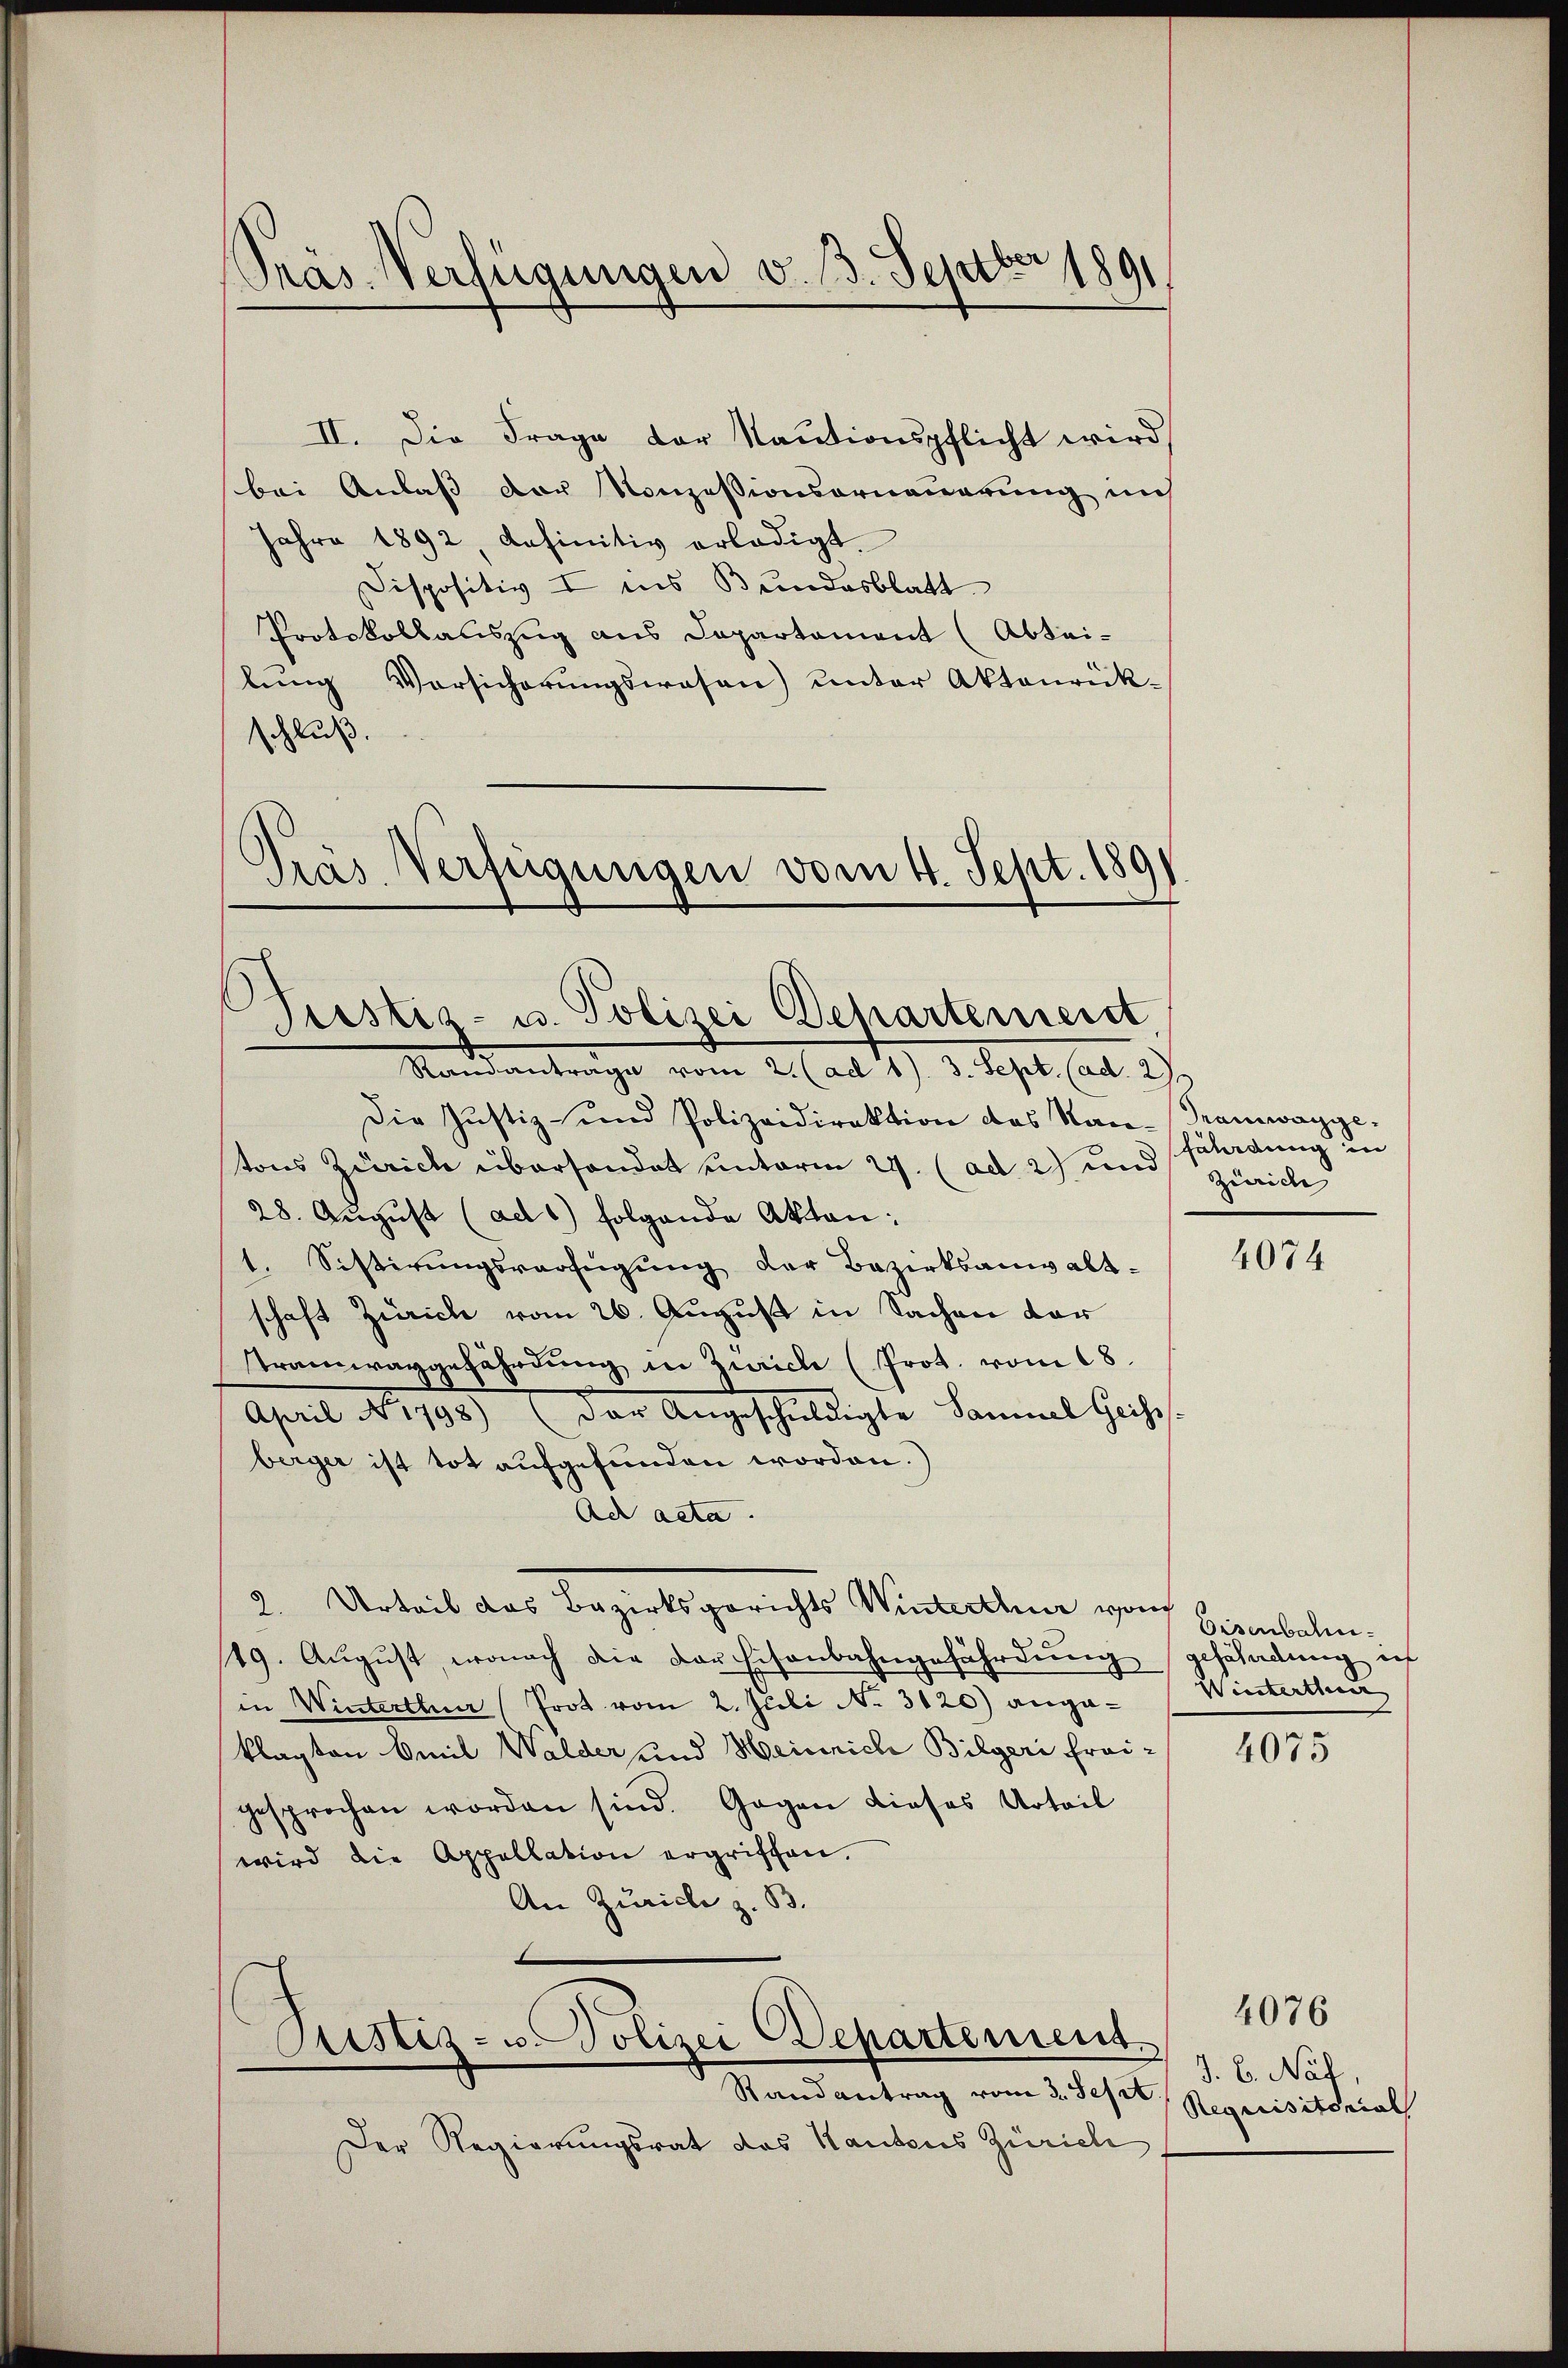
Präs. Verfügungen v. 3. Septbr 1891

II. Die Frage der Kautionspflicht wird
bei Anlaß der Konzessionsorneuerung und
Jahre 1892, definitiv erledigt.
Dispositiv I ins Bundesblatt
Protokollauszug aus Departement (Abtei-
lung Vorsicherungswesen) unter Aktenrück-
schluß.
Pras Verfügungen vom 4. Sept. 189

Pristis- u. Polizei Departenieret,

Standantrage vom 2. (ad 1. 3. Sept. (ad. 2
Die Justiz- und Polizeidirektion des Stan-Tramwagge-
tons Zürich übersandet unterm 24. (ad 2) und Zürich
28. August (ad 1) folgende Akten:
1. Sistirungsverfügung der Bezirksanwaltschaft Zürich vom 26. August in Sachen der
stramwaggefährdung in Zürich (Prot. vom 18.
April No 1798.) Der Angeschuldigte Sammel Geis
berger ist tot aufgefunden worden.)
Ad acta.
2. Urteil das Bezirksgerichts Winterthur von
49. August, wonach die der Eisenbahngefährdung geschadung ich
in Winterthur (Prot vom 2. Juli No. 3120) angeklagten Emil Walder und Heinrich Bilgeri frei-
gesprochen worden sind. Gegen dieses Urteil
wird die Appellation ergriffen.
An Zürich z. B.
d
Justiz- u. Polizei Departement
Randantrag vom 3. Sept
Der Regierungsrat des Kantons Zürich

fährdung in

4074

Eisenbahn.
Winterthur

4075

4076

J. b. Nat.
Requisitorial